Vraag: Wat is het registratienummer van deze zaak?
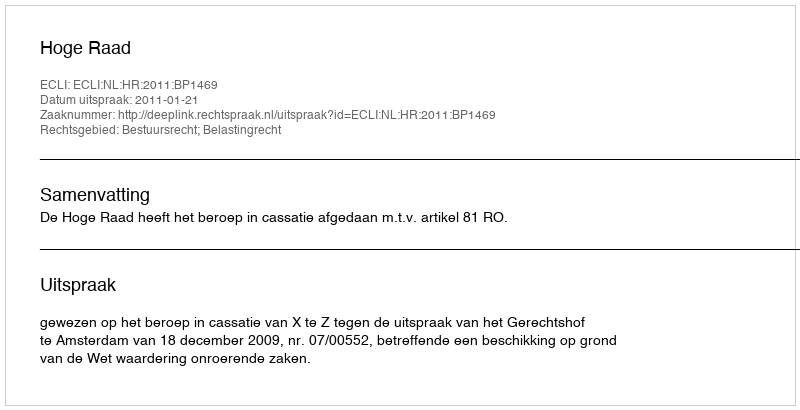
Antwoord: http://deeplink.rechtspraak.nl/uitspraak?id=ECLI:NL:HR:2011:BP1469